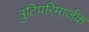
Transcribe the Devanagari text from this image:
त्रुटिपरिमार्जक